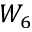
W _ { 6 }